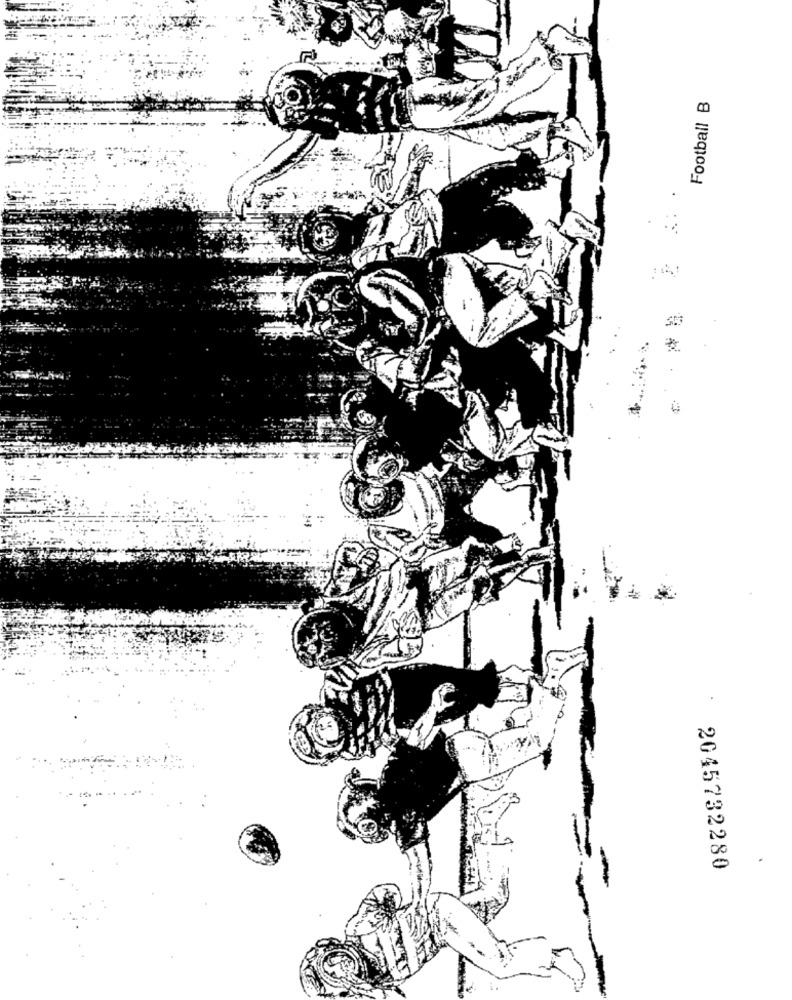
Football B
.
2045732280